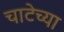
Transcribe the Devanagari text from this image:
चाटेच्या